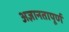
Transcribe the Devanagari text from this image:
अज्ञानतापूर्ण